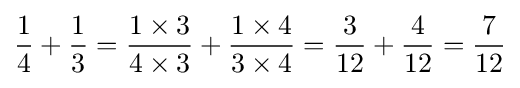
{\frac {1}{4}}+{\frac {1}{3}}={\frac {1\times 3}{4\times 3}}+{\frac {1\times 4}{3\times 4}}={\frac {3}{12}}+{\frac {4}{12}}={\frac {7}{12}}